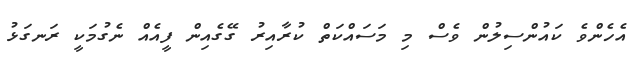
އެހެންވެ ކައުންސިލުން ވެސް މި މަސައްކަތް ކުރާއިރު ގޭގެއިން ފީއެއް ނެގުމަކީ ރަނގަޅު